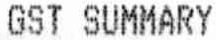
GST SUMMARY